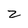
Character: z